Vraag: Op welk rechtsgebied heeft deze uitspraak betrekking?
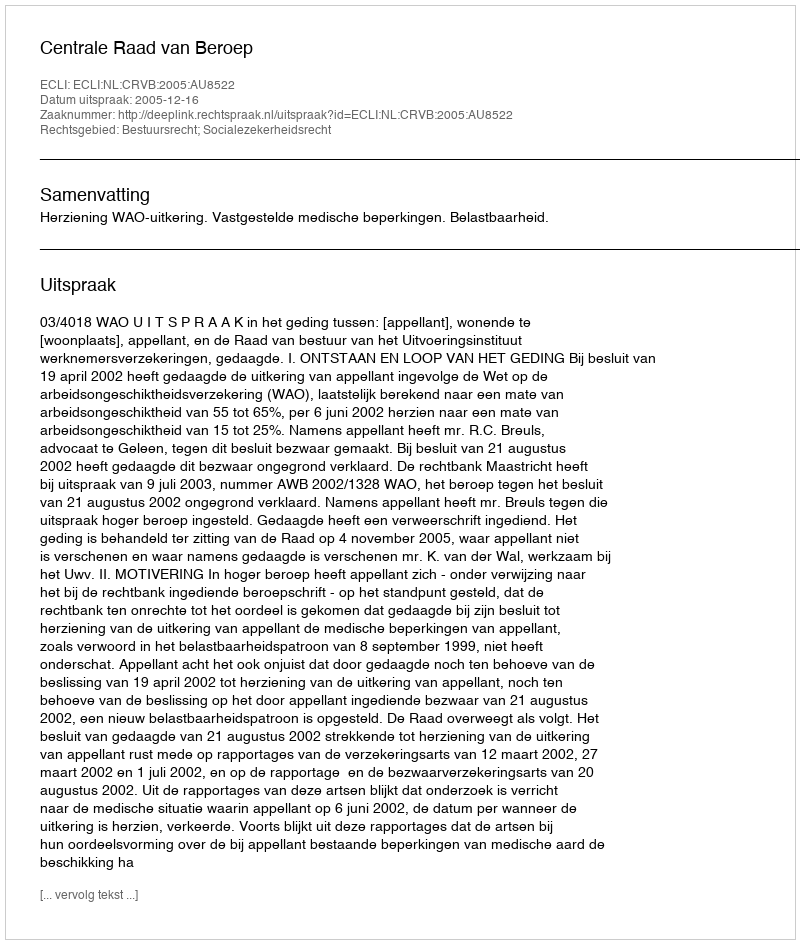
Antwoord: Bestuursrecht; Socialezekerheidsrecht